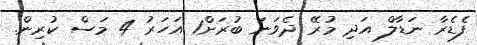
ފެޑެރާ ނަޑާލް އަދި މުރޭ ދެވަނަ ބުރަށް1 އަހަރު 4 މަސް ކުރިން.